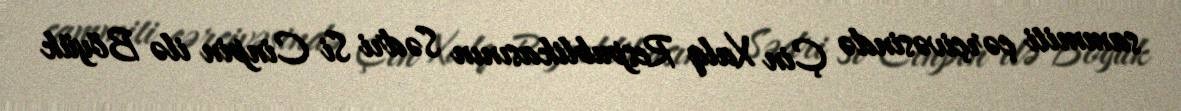
sammiti çərçivəsində Çin Xalq Respublikasının Sədri Si Cinpin ilə Böyük